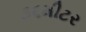
૩૬મીટર